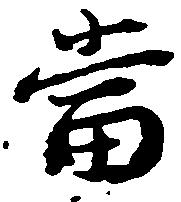
当